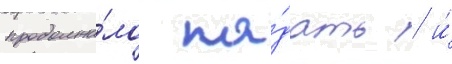
продолжа́ло па́дать / и́